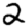
Digit: 2